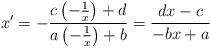
LaTeX: \begin{align*}x'=-\frac{c\left(-\frac{1}{x} \right)+d}{a\left(-\frac{1}{x} \right)+b}=\frac{dx-c}{-bx+a} \end{align*}